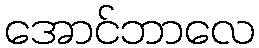
အောင်ဘာလေ